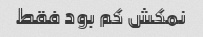
نمکش کم بود فقط